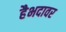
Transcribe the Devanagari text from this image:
हैभदावर